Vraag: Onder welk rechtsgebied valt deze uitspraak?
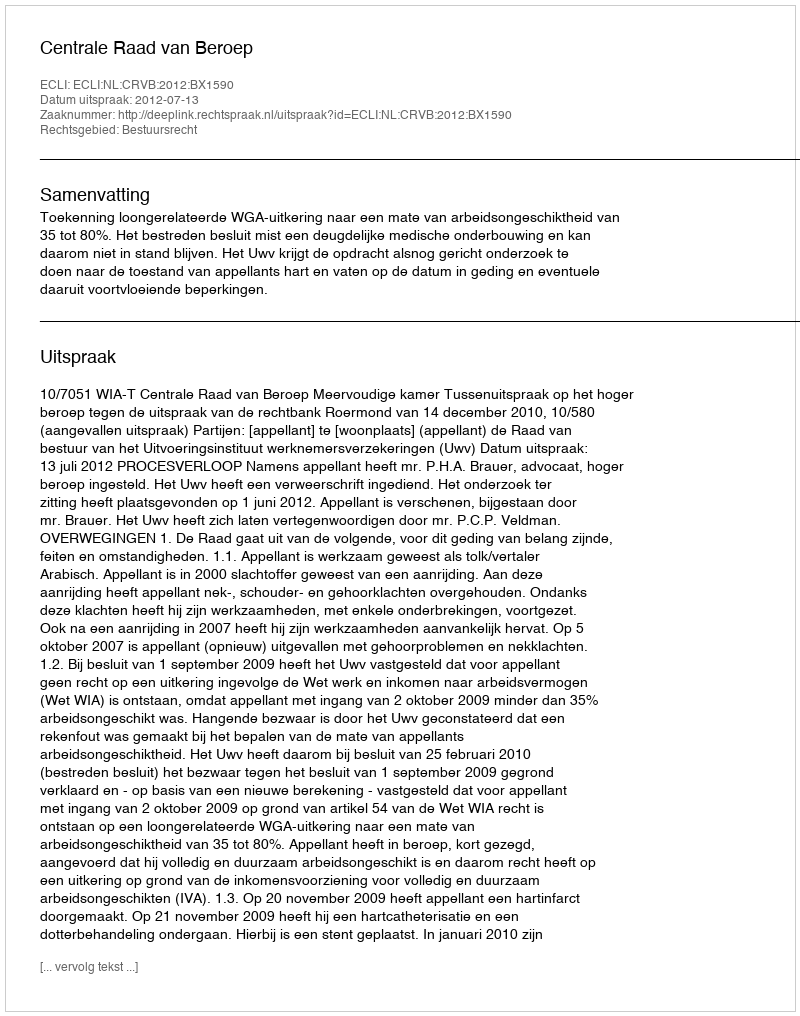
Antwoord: Bestuursrecht